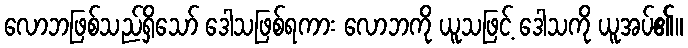
လောဘဖြစ်သည်ရှိသော် ဒေါသဖြစ်ရကား လောဘကို ယူသဖြင့် ဒေါသကို ယူအပ်၏။